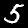
Digit: 5